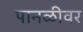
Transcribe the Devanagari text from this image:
पानळीवर